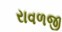
રાવળજી